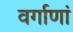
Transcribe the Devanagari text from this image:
वर्गाणां